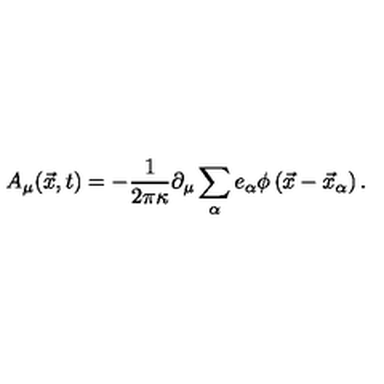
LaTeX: A _ { \mu } ( \vec { x } , t ) = - { \frac { 1 } { 2 \pi \kappa } } \partial _ { \mu } \sum _ { \alpha } e _ { \alpha } \phi \left( \vec { x } - \vec { x } _ { \alpha } \right) .